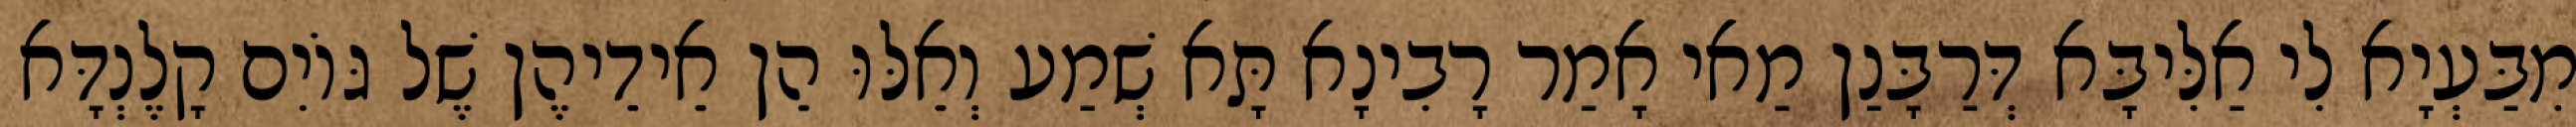
מִבַּעְיָא לִי אַלִּיבָּא דְּרַבָּנַן מַאי אָמַר רָבִינָא תָּא שְׁמַע וְאֵלּוּ הֵן אֵידֵיהֶן שֶׁל גּוֹיִם קָלֶנְדָּא